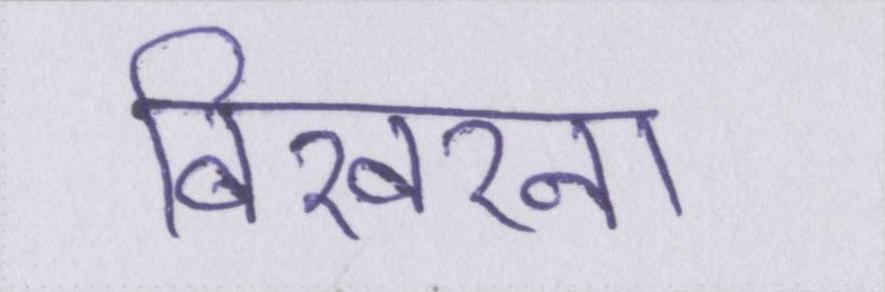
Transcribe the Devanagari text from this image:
बिखरना